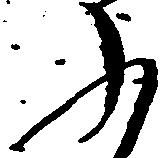
ふ